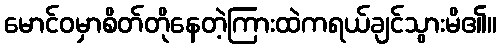
မောင်ဝမှာစိတ်တိုနေတဲ့ကြားထဲကရယ်ချင်သွားမိ၏။